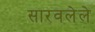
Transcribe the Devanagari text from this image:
सारवलेले